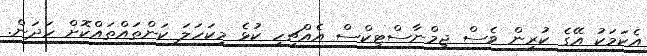
އެކަމަކު އޭގެ ކުރިން ވެސް ޖިމްނާސްޓިކްސް އެއްޗިހި ކުޅެ މިކަހަލަ ކަންތައްތައްކޮށް ހަދަން.